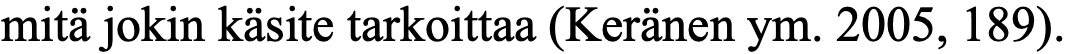
mitä jokin käsite tarkoittaa (Keränen ym. 2005, 189).